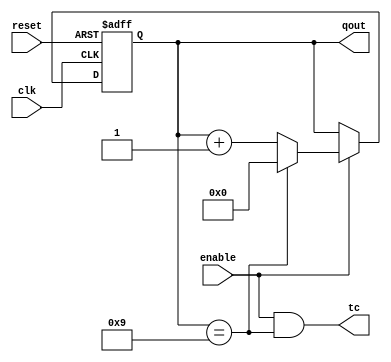
module counterN(clk, reset, enable, qout, tc);
	parameter N = 10;			// mod-N counterN
	parameter M = 4;			// M = bit size = log2(N)
	input clk, reset, enable;
	output reg [M-1:0] qout;
	output tc;				// terminal count
	
	always @(posedge clk or negedge reset) begin
		if (~reset) qout <= 0;
		else if (enable) begin
			if (qout == N-1) qout <= 0;
			else qout <= qout + 1;
		end
	end
	
	assign tc = enable && (qout == N-1);		

endmodule